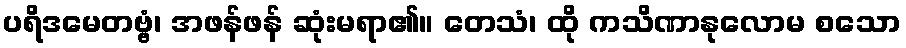
ပရိဒမေတဗ္ဗံ၊ အဖန်ဖန် ဆုံးမရာ၏။ တေသံ၊ ထို ကသိဏာနုလောမ စသော